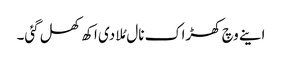
اینے وچ کھڑاک نال مُلا دی اکھ کھل گئی۔